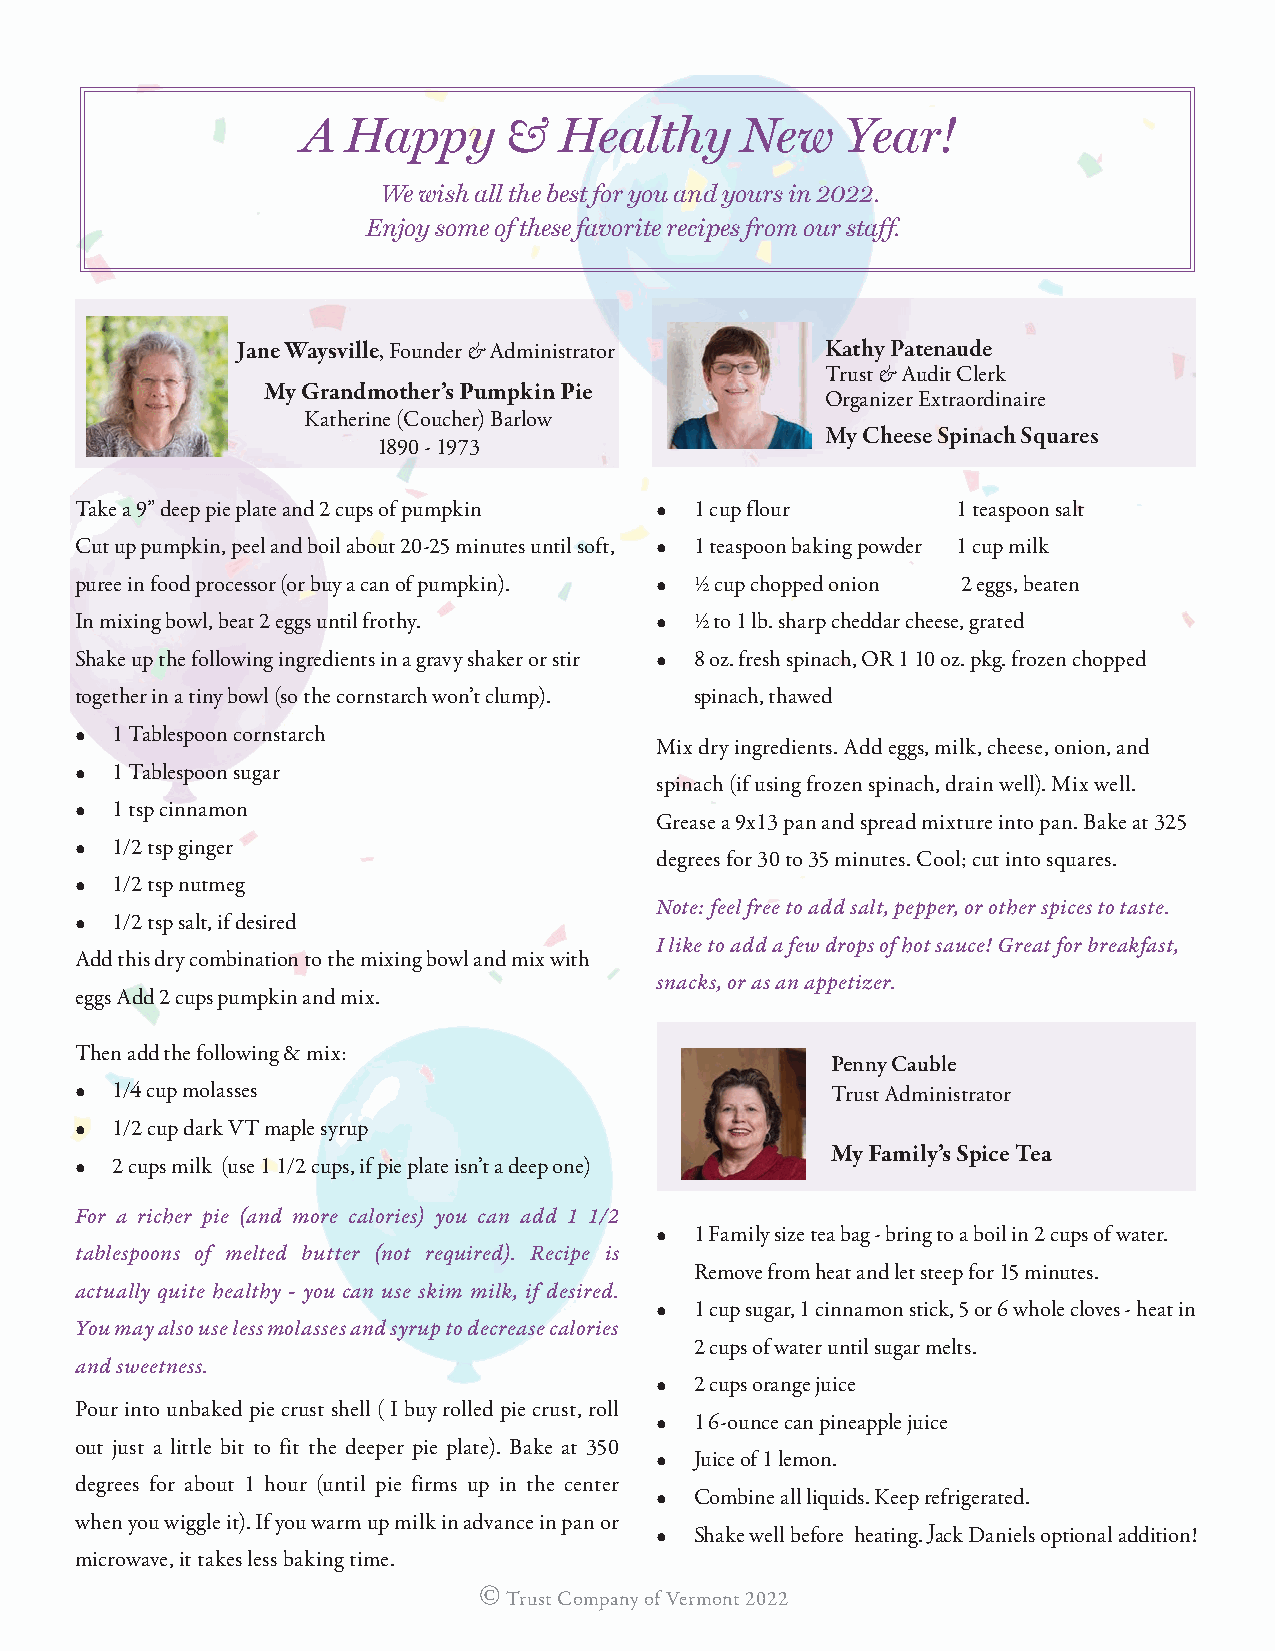
A  Happy     &   Healthy     New    Year!
 We wish all the best for you and yours in 2022.
 Enjoy some of these favorite recipes from our staff.
 Jane Waysville, Founder & Administrator Kathy Patenaude
 Trust & Audit Clerk
 My Grandmother’s Pumpkin Pie
 Organizer Extraordinaire
 Katherine (Coucher) Barlow
 My Cheese Spinach Squares
 1890 - 1973
 Take a 9” deep pie plate and 2 cups of pumpkin • 1 cup flour 1 teaspoon salt
 Cut up pumpkin, peel and boil about 20-25 minutes until soft, • 1 teaspoon baking powder 1 cup milk
 puree in food processor (or buy a can of pumpkin). • ½ cup chopped onion 2 eggs, beaten
 In mixing bowl, beat 2 eggs until frothy. • ½ to 1 lb. sharp cheddar cheese, grated
 Shake up the following ingredients in a gravy shaker or stir • 8 oz. fresh spinach, OR 1 10 oz. pkg. frozen chopped
 together in a tiny bowl (so the cornstarch won’t clump). spinach, thawed
 • 1 Tablespoon cornstarch
 Mix dry ingredients. Add eggs, milk, cheese, onion, and
 • 1 Tablespoon sugar
 spinach (if using frozen spinach, drain well). Mix well.
 • 1 tsp cinnamon
 Grease a 9x13 pan and spread mixture into pan. Bake at 325
 • 1/2 tsp ginger
 degrees for 30 to 35 minutes. Cool; cut into squares.
 • 1/2 tsp nutmeg
 Note: feel free to add salt, pepper, or other spices to taste.
 • 1/2 tsp salt, if desired
 I like to add a few drops of hot sauce! Great for breakfast,
 Add this dry combination to the mixing bowl and mix with
 snacks, or as an appetizer.
 eggs Add 2 cups pumpkin and mix.
 Then add the following & mix:
 Penny Cauble
 • 1/4 cup molasses                                Trust Administrator
 • 1/2 cup dark VT maple syrup
 My Family’s Spice Tea
 • 2 cups milk (use 1 1/2 cups, if pie plate isn’t a deep one)
 For a richer pie (and more calories) you can add 1 1/2
 •  1 Family size tea bag - bring to a boil in 2 cups of water.
 tablespoons of melted butter (not required). Recipe is
 Remove from heat and let steep for 15 minutes.
 actually quite healthy - you can use skim milk, if desired.
 •  1 cup sugar, 1 cinnamon stick, 5 or 6 whole cloves - heat in
 You may also use less molasses and syrup to decrease calories
 2 cups of water until sugar melts.
 and sweetness.
 •  2 cups orange juice
 Pour into unbaked pie crust shell ( I buy rolled pie crust, roll
 •  1 6-ounce can pineapple juice
 out just a little bit to fit the deeper pie plate). Bake at 350
 •  Juice of 1 lemon.
 degrees for about 1 hour (until pie firms up in the center
 •  Combine all liquids. Keep refrigerated.
 when you wiggle it). If you warm up milk in advance in pan or
 •  Shake well before heating. Jack Daniels optional addition!
 microwave, it takes less baking time.
 ©
 Trust Company of Vermont 2022